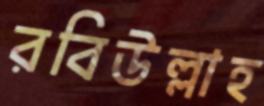
রবিউল্লাহ